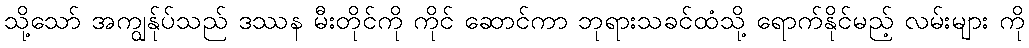
သို့သော် အကျွန်ုပ်သည် ဒဿန မီးတိုင်ကို ကိုင် ဆောင်ကာ ဘုရားသခင်ထံသို့ ရောက်နိုင်မည့် လမ်းများ ကို